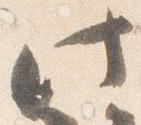
此